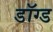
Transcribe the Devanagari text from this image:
डॉग्ड